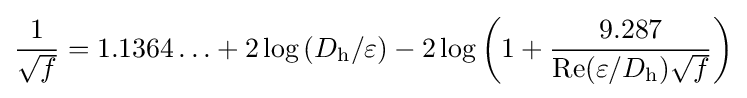
{\frac {1}{\sqrt {f}}}=1.1364\ldots +2\log \left(D_{\mathrm {h} }/\varepsilon \right)-2\log \left(1+{\frac {9.287}{\mathrm {Re} (\varepsilon /D_{\mathrm {h} }){\sqrt {f}}}}\right)